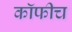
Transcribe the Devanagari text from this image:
कॉफीच